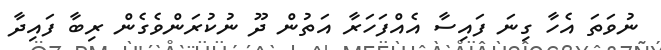
ނުވަތަ އެހާ ގިނަ ފައިސާ އެއްފަހަރާ އަތުން ދޫ ނުކުރަންވެގެން ރިބާ ފައިދާ